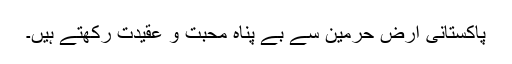
پاکستانی ارض حرمین سے بے پناہ محبت و عقیدت رکھتے ہیں۔